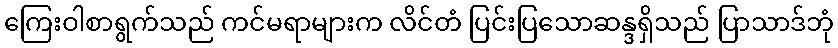
ကြေးဝါစာရွက်သည် ကင်မရာများက လိင်တံ ပြင်းပြသောဆန္ဒရှိသည် ပြာသာဒ်ဘုံ